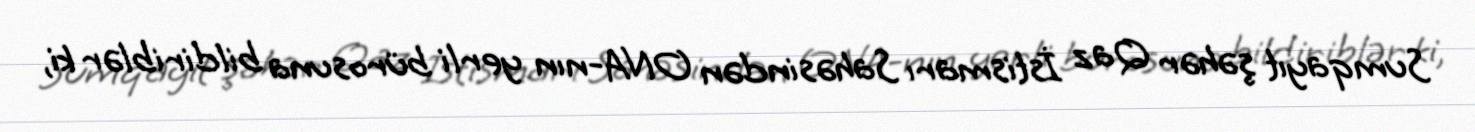
Sumqayıt şəhər Qaz İstismarı Sahəsindən ONA-nın yerli bürosuna bildiriblər ki,